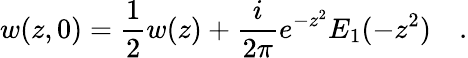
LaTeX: w(z,0)=\frac{1}{2}w(z)+\frac{i}{2\pi}e^{-z^{2}}E_{1}(-z^{2})\quad.